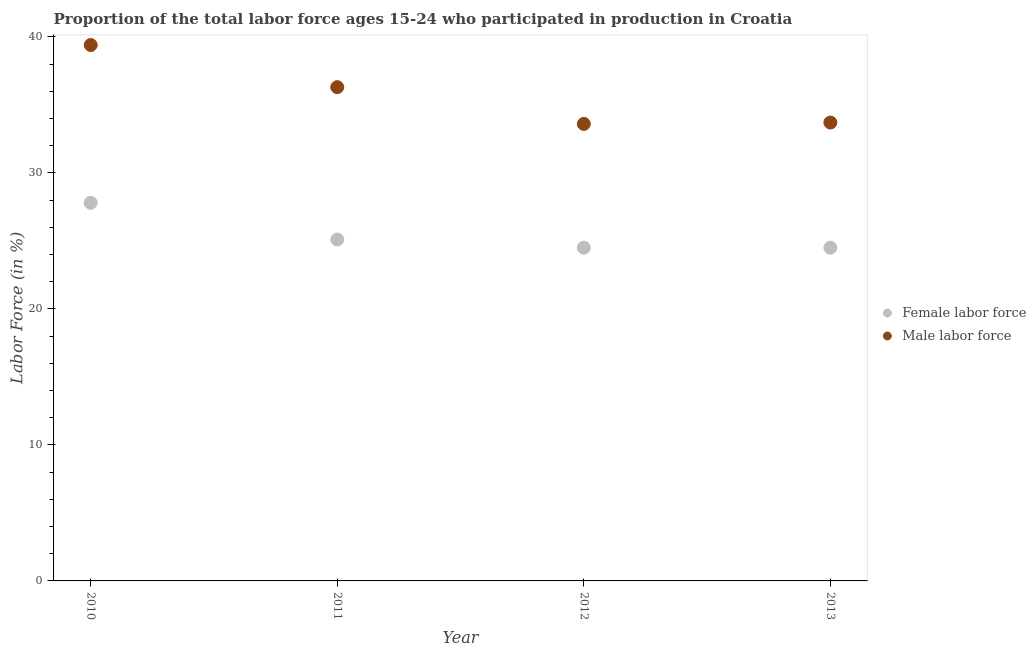
| Year | Female labor force | Male labor force |
 | --- | --- | --- |
 | 2010 | 27.8 | 39.4 |
 | 2011 | 25.1 | 36.3 |
 | 2012 | 24.5 | 33.6 |
 | 2013 | 24.5 | 33.7 |